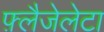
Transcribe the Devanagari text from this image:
फ़्लैजेलेटा